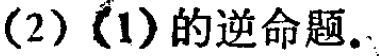
(2) (1)的逆命题.